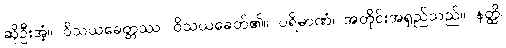
ဆိုဦးအံ့။ ဝိသယခေတ္တဿ၊ ဝိသယခေတ်၏။ ပရိမာဏံ၊ အတိုင်းအရှည်သည်။ နတ္ထိ၊